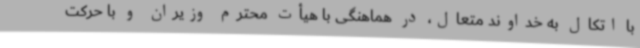
با اتکال به خداوند متعال، در هماهنگی با هیأت محترم وزیران و با حرکت